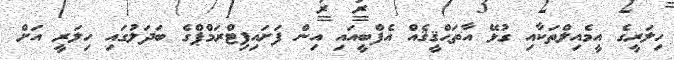
ހިލަރީގެ އީމެއިލްތަކާއި ގުޅޭ އާތަޙްޤީޤެއް އެފްބީއައި އިން ފަށައިފިޓްރަމްޕްގެ ބަދަލުގައި ހިލަރީ އަށް